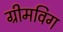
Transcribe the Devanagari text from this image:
ग्रीमविग